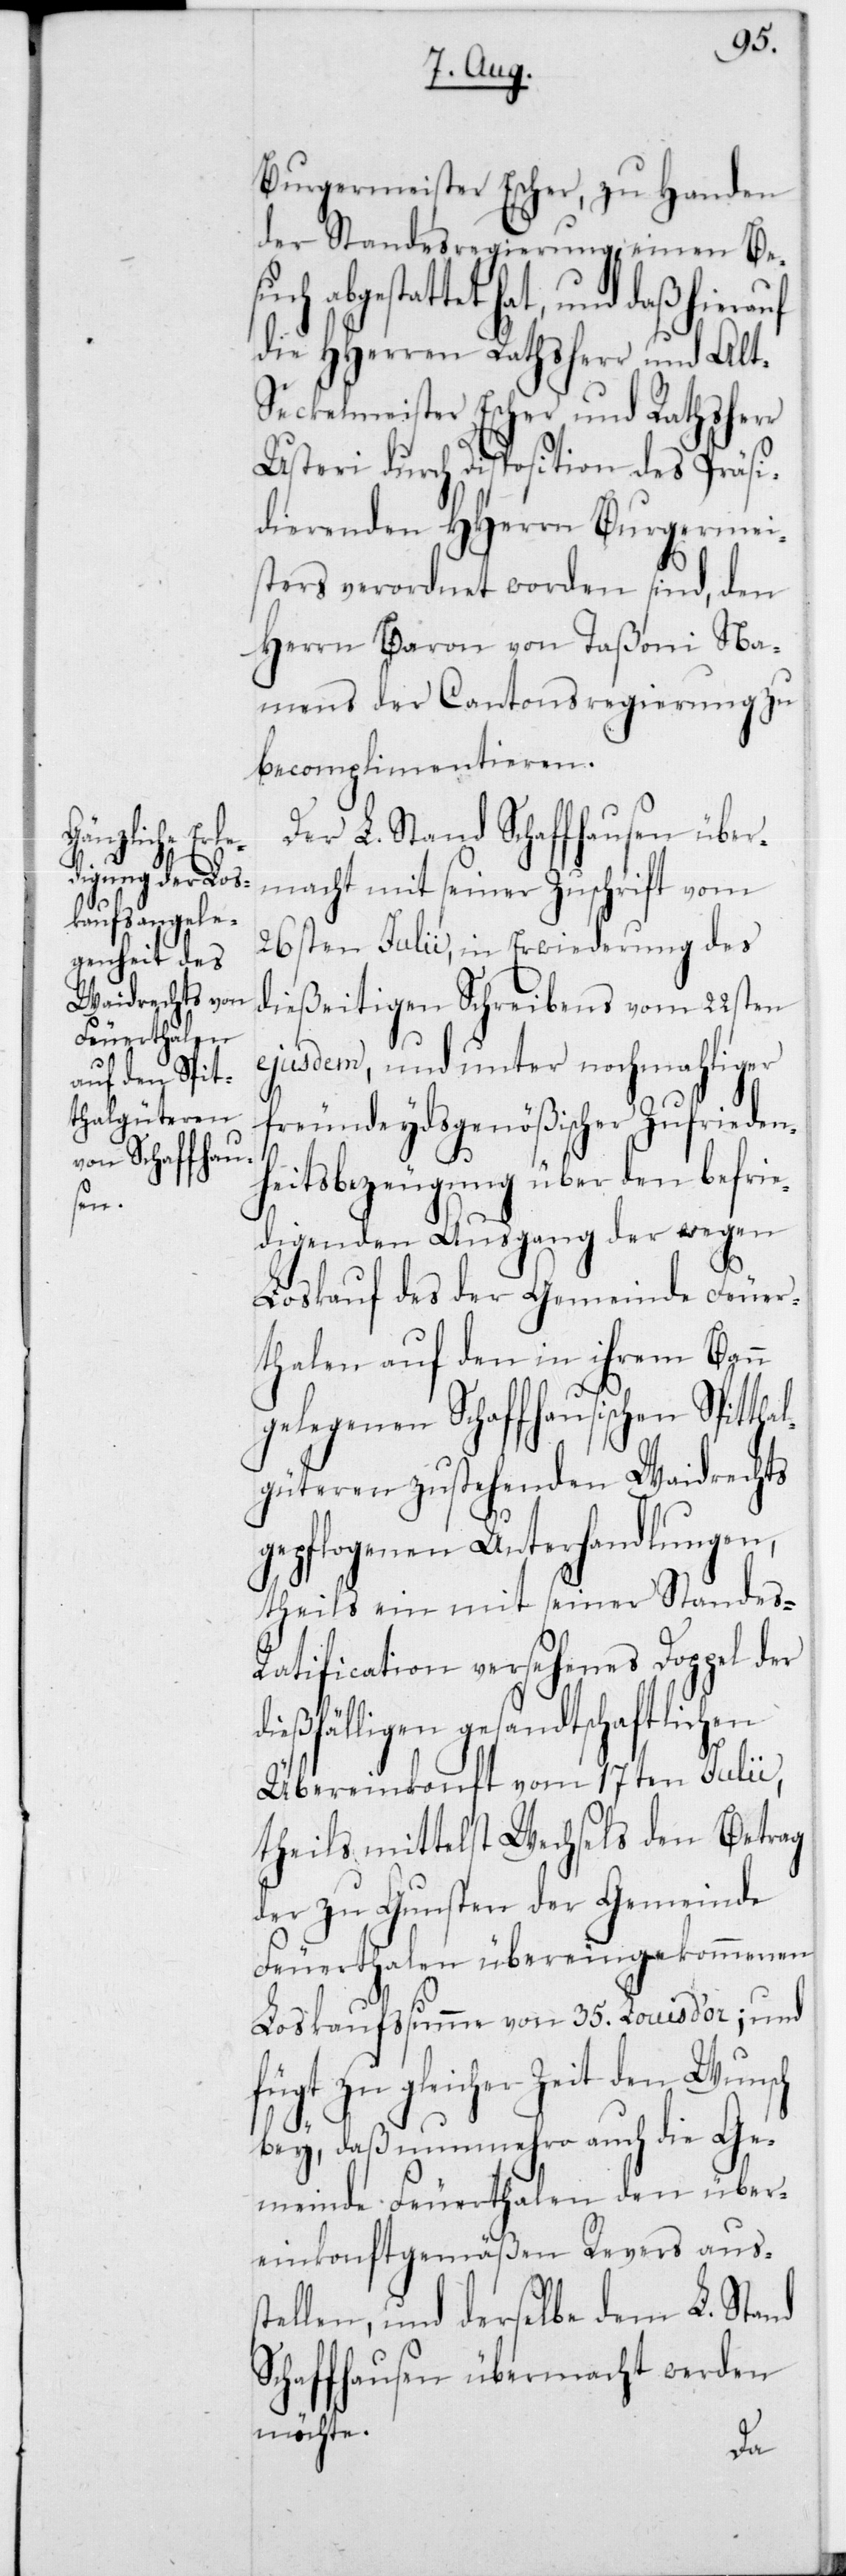
Burgermeister Escher, zu Handen
der Standesregierung, einen Be¬
abgestattet hat, und daß hierauf
die HHerren Rathsher und Alt-S¬
eckelmeister Escher und Rathsherr
Usteri durch Disposition des Präsi¬
dierenden HHerrn Burgermei¬
sters verordnet worden sind, den
Herrn Baron von Taßoni na¬
mens der Cantonsregierung zu
becomplimentieren.
Der L. Stand Schaffhausen über¬
macht mit seiner Zuschrift vom
26sten Julii, in Erwiderung des
dießeitigen Schreibens vom 22sten
ejusdem, und unter nochmahliger
freundeydsgenößischer Zufrieden¬
heitsbezeugung über den befrie¬
digenden Ausgang der wegen
Loskauf des der Gemeinde Feuer¬
thalen auf den in ihrem Bann
gelegenen Schaffhausischen Spitt¬
lgüteren zustehenden Waidrechts
gepflogenen Unterhandlungen,
theils ein mit seiner Standes¬
ratification versehenes Doppel der
dießfälligen gesandtschaftlichen
Übereinkonft vom 17ten Julii,
theils mittelst Wechsels den Betrag
der zu Gunsten der Gemeinde
Feuerthalen übereingekommenen
Loskaufssumme von 35 Louis d’or; und
fügt zu gleicher Zeit den Wunsch
bey, daß nunmehro auch die Ge¬
meinde Feuerthalen den über¬
einkonftgemäßen Revers auss¬
tellen, und derselbe dem L. Stand
Schafhausen übermacht werden
möchte.
ha¬